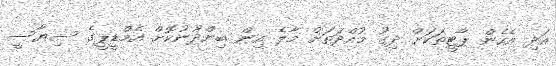
އަދި އެހެން ޕާޓީތަކަށް ދިގު މުއްދަތަށް މާލެ އިން ބިންދޫނުކޮށް އެމްޑީޕީގެ ސިޔާސީ